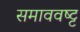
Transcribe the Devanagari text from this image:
समाववष्ट्ट